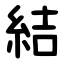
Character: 結